Report of the Municipal Commissioner on the plague in Bombay for the year ending 31st May... - Volume 2
Disease focus: Plague
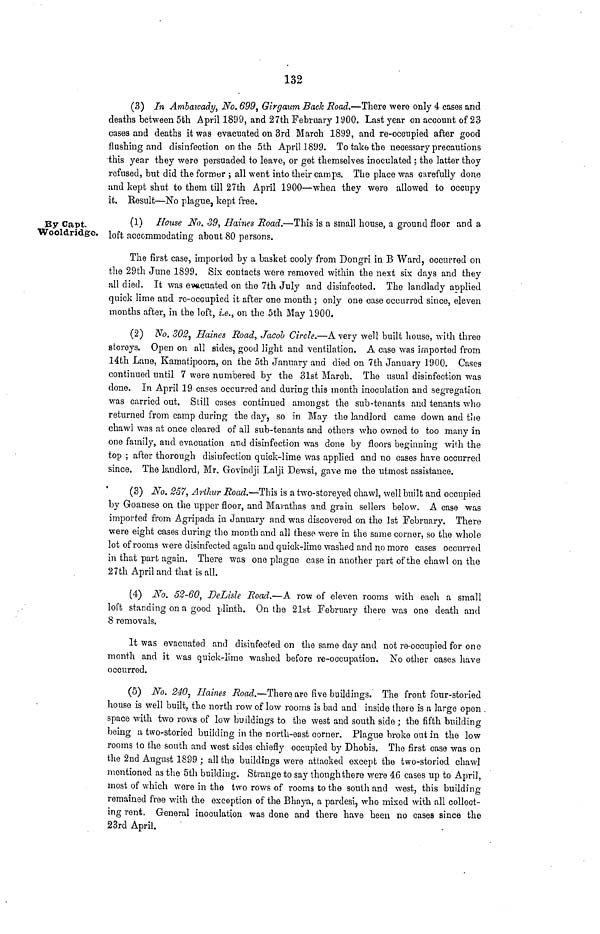
132
(3) In Ambawadij, No. 699, Girgaum Back Road.—There were only 4 cases and
deaths between 5fch April 1899, and 27th February 3 900. Last year on account of 23
cases and deaths it was evacuated on 3rd March 1899, and re-occupied after good
flushing and disinfection on the 5th April 1899. To take the necessary precautions
this year they were persuaded to leave, or get themselves inoculated ; the latter they
refused, but did the former ; all went into their camps. The place was carefully done
and kept shut to them till 27th April 1900—when they were allowed to occupy
it. Result—No plague, kept free.
By Capt.
Wooldridge.
(1) House No. 39, Haines Road.—This is a small house, a ground floor and a
loft accommodating about 80 persons.
The first case, imported by a basket cooly from Dongri in B Ward, occurred on
the 29th June 1899. Six contacts were removed within the next six days and they
all died. It was evacuated on the 7th July and disinfected. The landlady applied
quick lime and re-occupied it after one month ; only one case occurred since, eleven
mouths after, in the loft, i.e., on the 5th May 1900.
(2) No. 302, Haines Road, Jacob Circle.—A very well built house, with three
storeys. Open on all sides, good light and ventilation. A case was imported from
14th Laue, Kamatipoora, on the 5th January and died on 7th January 1900. Cases
continued until 7 were numbered by the 31st March. The usual disinfection was
done. In April 19 cases occurred and during this month inoculation and segregation
was carried out. Still cases continued amongst the sub-tenants and tenants who
returned from camp during the day, so in May the landlord came down and tlie
chawl was at once cleared of all sub-tenants and others who owned to too many in
one family, and evacuation and disinfection was done by floors beginning with the
top ; after thorough disinfection quick-lime was applied and no cases have occurred
since. The landlord, Mr. Govindji Lalji Dewsi, gave me the utmost assistance.
(3) No. 257, Arthur Road.—This is a two-storeyed chawl, well built and occupied
by Goanese on the upper floor, and Marathas and grain sellers below. A case was
imported from Agripada in January and was discovered on the 1st February. There
were eight cases during the month and all these were in the same corner, so the whole
lot of rooms were disinfected again and quick-lime washed and no more cases occurred
in that part again. There was one plague case in another part of the chawl on the
27th April and that is all.
(4) No. 52-60, DeLisle Road.—A row of eleven rooms with each a small
loft standing on a good plinth. On the 21st February there was one death and
8 removals.
It was evacuated and disinfected on the same day and not re-occupied for one
month and it was quick-lime washed before re-occupation. No other cases have
occurred.
(5) No. 240^ Haines Road.—There are five buildings. The front four-storied
house is well built, the north row of low rooms is bad and inside there is a large open .
space with two rows of low buildings to the west and south side; the fifth building
being a two-storied building in the north-east corner. Plague broke out in the low
rooms to the south and west sides chiefly occupied by Dhobis. The first case was on
the 2nd August 1899 ; all the buildings were attacked except the two-storied chawl
mentioned as the 5th building. Strange to say though there were 46 cases up to April,
most of which were in the two rows of rooms to the south and west, this building-
remained free with the exception of the Bhaya, a pardesi, who mixed with all collect-
ing rent. General inoculation was done and there have been no cases since the
23rd April.